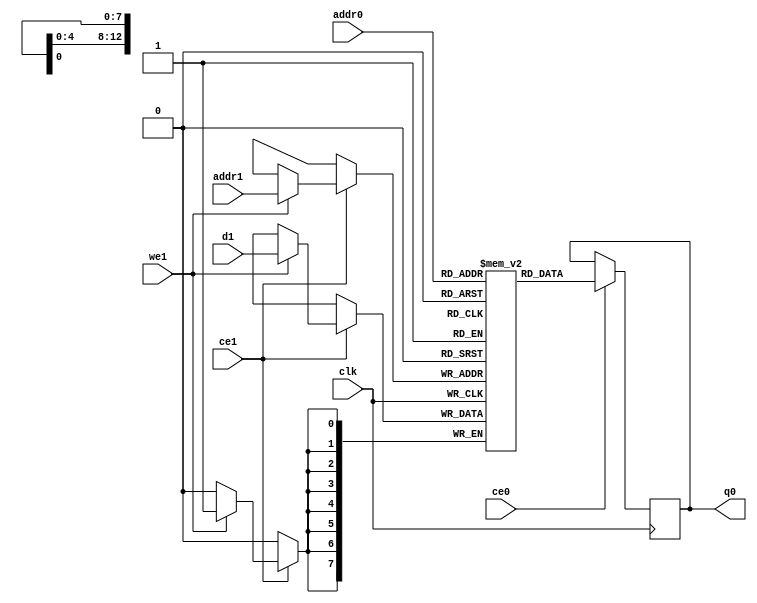
module Resize_opr_linearbkb_ram (addr0, ce0, q0, addr1, ce1, d1, we1,  clk);
parameter DWIDTH = 8;
parameter AWIDTH = 13;
parameter MEM_SIZE = 4097;
input[AWIDTH-1:0] addr0;
input ce0;
output reg[DWIDTH-1:0] q0;
input[AWIDTH-1:0] addr1;
input ce1;
input[DWIDTH-1:0] d1;
input we1;
input clk;
(* ram_style = "block" *)reg [DWIDTH-1:0] ram[0:MEM_SIZE-1];
always @(posedge clk)  
begin 
    if (ce0) 
    begin
            q0 <= ram[addr0];
    end
end
always @(posedge clk)  
begin 
    if (ce1) 
    begin
        if (we1) 
        begin 
            ram[addr1] <= d1; 
        end 
    end
end
endmodule